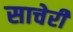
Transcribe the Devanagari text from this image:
साचेरी